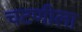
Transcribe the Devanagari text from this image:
चटणीला